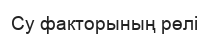
Су факторының рөлі